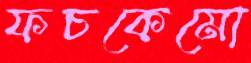
ফচকেমো